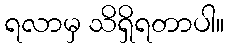
ရလာမှ သိရှိရတာပါ။